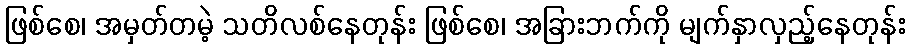
ဖြစ်စေ၊ အမှတ်တမဲ့ သတိလစ်နေတုန်း ဖြစ်စေ၊ အခြားဘက်ကို မျက်နှာလှည့်နေတုန်း